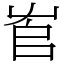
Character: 𡴎